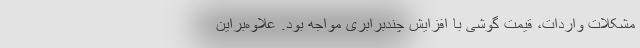
مشکلات واردات، قیمت گوشی با افزایش چند‌برابری مواجه بود. علاوه‌براین